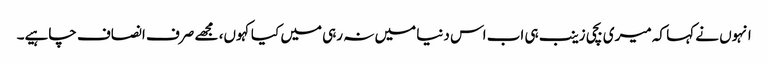
انہوں نے کہا کہ میری بچی زینب ہی اب اس دنیا میں نہ رہی میں کیا کہوں، مجھے صرف انصاف چاہیے۔